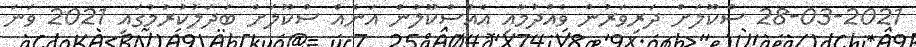
28-03-2021 ސްކޫލަށް ދަރިވަރުން ވެއްދުމާއި އެއްސްކޫލުން އަނެއް ސްކޫލަށް ބަދަލުކުރުމުގައި 2021 ވަނަ